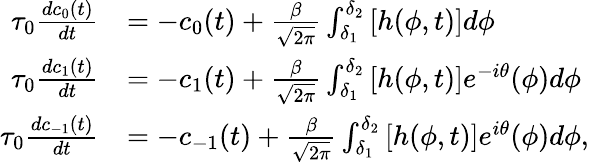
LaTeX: \begin{array}{rl}{\tau_{0}\frac{dc_{0}(t)}{dt}}&{=-c_{0}(t)+\frac{\beta}{\sqrt{2\pi}}\int_{\delta_{1}}^{\delta_{2}}\left[h(\phi,t)\right]d\phi}\\ {\tau_{0}\frac{dc_{1}(t)}{dt}}&{=-c_{1}(t)+\frac{\beta}{\sqrt{2\pi}}\int_{\delta_{1}}^{\delta_{2}}\left[h(\phi,t)\right]e^{-i\theta}(\phi)d\phi}\\ {\tau_{0}\frac{dc_{\mathrm{-}1}(t)}{dt}}&{=-c_{\mathrm{-}1}(t)+\frac{\beta}{\sqrt{2\pi}}\int_{\delta_{1}}^{\delta_{2}}\left[h(\phi,t)\right]e^{i\theta}(\phi)d\phi,}\end{array}